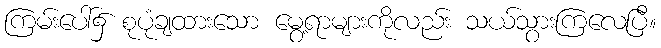
ကြမ်းပေါ်၌ စုပုံချထားသော မွေ့ရာများကိုလည်း သယ်သွားကြလေပြီ။